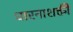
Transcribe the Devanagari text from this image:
धारनाशक्ती